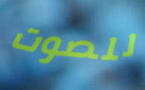
للصوت